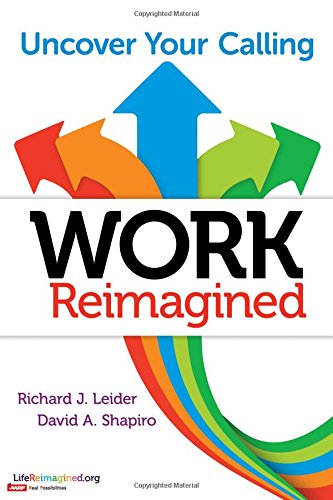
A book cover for Work Reimagined: Uncover Your Calling; Richard J. Leider; Self-Help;